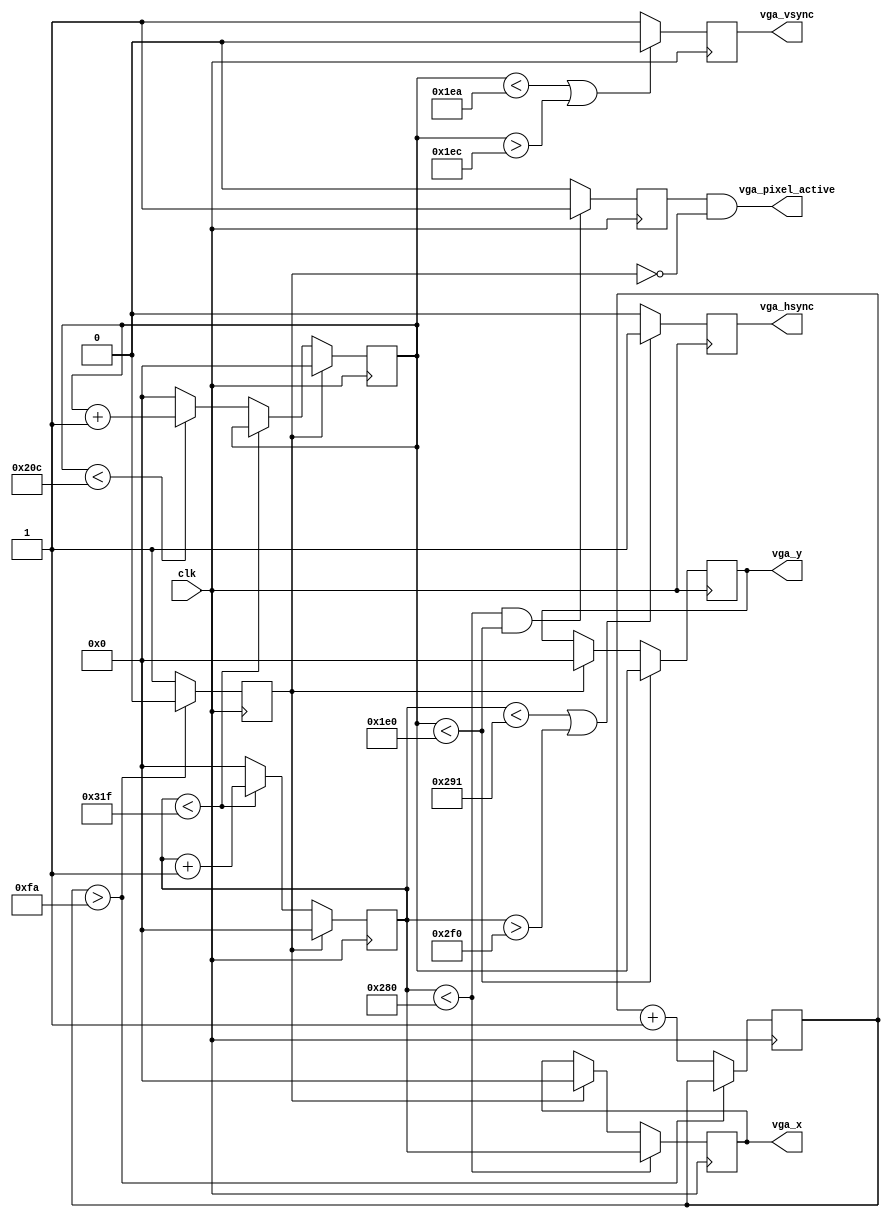
module vga (
    clk,
    vga_pixel_active,
    vga_x,
    vga_y,
    vga_hsync,
    vga_vsync
);
    parameter h_pixels  = 640;  // H-PIX Number of pixels horizontally
    parameter v_pixels  = 480;  // V-PIX Number of pixels vertically

    parameter h_pulse   = 96;   // H-SYNC pulse width 96 * 40 ns (25 Mhz) = 3.84 uS
    parameter h_bp      = 48;   // H-BP back porch pulse width
    parameter h_fp      = 16;   // H-FP front porch pulse width
    parameter h_pol     = 1'b0; // H-SYNC polarity
    parameter h_frame   = 800;  // 800 = 96 (H-SYNC) + 48 (H-BP) + 640 (H-PIX) + 16 (H-FP)
    parameter v_pulse   = 2;    // V-SYNC pulse width
    parameter v_bp      = 33;   // V-BP back porch pulse width
    parameter v_fp      = 10;   // V-FP front porch pulse width
    parameter v_pol     = 1'b1; // V-SYNC polarity
    parameter v_frame   = 525;  // 525 = 2 (V-SYNC) + 33 (V-BP) + 480 (V-PIX) + 10 (V-FP)

    input  wire  clk;
    output wire  vga_pixel_active;
    output [9:0] vga_x;
    output [9:0] vga_y;
    output wire  vga_hsync;
    output wire  vga_vsync;

    reg [7:0]   timer_t = 8'b0; // 8 bit timer with 0 initialization
    reg         reset = 1;
    reg [9:0]   c_row_r;          // Complete frame register row
    reg [9:0]   c_col_r;          // Complete frame register column
    reg [9:0]   c_hor_r;          // Visible frame register horizontally
    reg [9:0]   c_ver_r;          // Visible frame register vertically

    reg         disp_en; // 
    reg         vga_hs_r;           // H-SYNC register
    reg         vga_vs_r;           // V-SYNC register

    assign  vga_pixel_active   = disp_en == 1 & reset == 0;  // Assign the output signals for VGA to the VGA registers
    assign  vga_x   = c_col_r;
    assign  vga_y   = c_row_r;
    assign  vga_hsync  = vga_hs_r;
    assign  vga_vsync  = vga_vs_r;

    always @(posedge clk) begin   // 25Mhz clock
        if(timer_t > 250) begin         // generate 10 uS RESET signal 
            reset <= 0;
        end
        else begin
            reset <= 1;                 // While in reset display is disabled, suare is set to initial position
            timer_t <= timer_t + 1;
            disp_en <= 0;
        end
        
        if(reset == 1) begin            // While RESET is high init counters
            c_hor_r <= 0;
            c_ver_r <= 0;
            vga_hs_r <= 1;
            vga_vs_r <= 0;
            c_row_r <= 0;
            c_col_r <= 0;
        end
        else begin                      // Update current beam position
            if(c_hor_r < h_frame - 1) begin
                c_hor_r <= c_hor_r + 1;
            end
            else begin
                c_hor_r <= 0;
                if(c_ver_r < v_frame - 1) begin
                    c_ver_r <= c_ver_r + 1;
                end
                else begin
                    c_ver_r <= 0;
                end
            end
        end
        if(c_hor_r < h_pixels + h_fp + 1 || c_hor_r > h_pixels + h_fp + h_pulse) begin  // H-SYNC generator
            vga_hs_r <= ~h_pol;
        end
        else begin
            vga_hs_r <= h_pol;
        end
        if(c_ver_r < v_pixels + v_fp || c_ver_r > v_pixels + v_fp + v_pulse) begin      // V-SYNC generator
            vga_vs_r <= ~v_pol;
        end
        else begin
            vga_vs_r <= v_pol;
        end
        if(c_hor_r < h_pixels) begin  // c_col_r and c_row_r counters are updated only in the visible time-frame
            c_col_r <= c_hor_r;
        end
        if(c_ver_r < v_pixels) begin
            c_row_r <= c_ver_r;
        end
        if(c_hor_r < h_pixels && c_ver_r < v_pixels) begin  // VGA color signals are enabled only in the visible time frame
            disp_en <= 1;
        end
        else begin
            disp_en <= 0;
        end

    end

endmodule